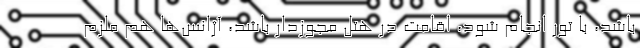
باشد، با تور انجام شود، اقامت در هتل مجوزدار باشد، آژانس‌ها هم ملزم